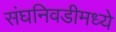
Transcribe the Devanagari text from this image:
संघनिवडीमध्ये